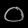
Digit: ၀